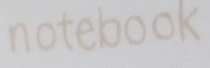
notebook